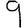
Digit: 9